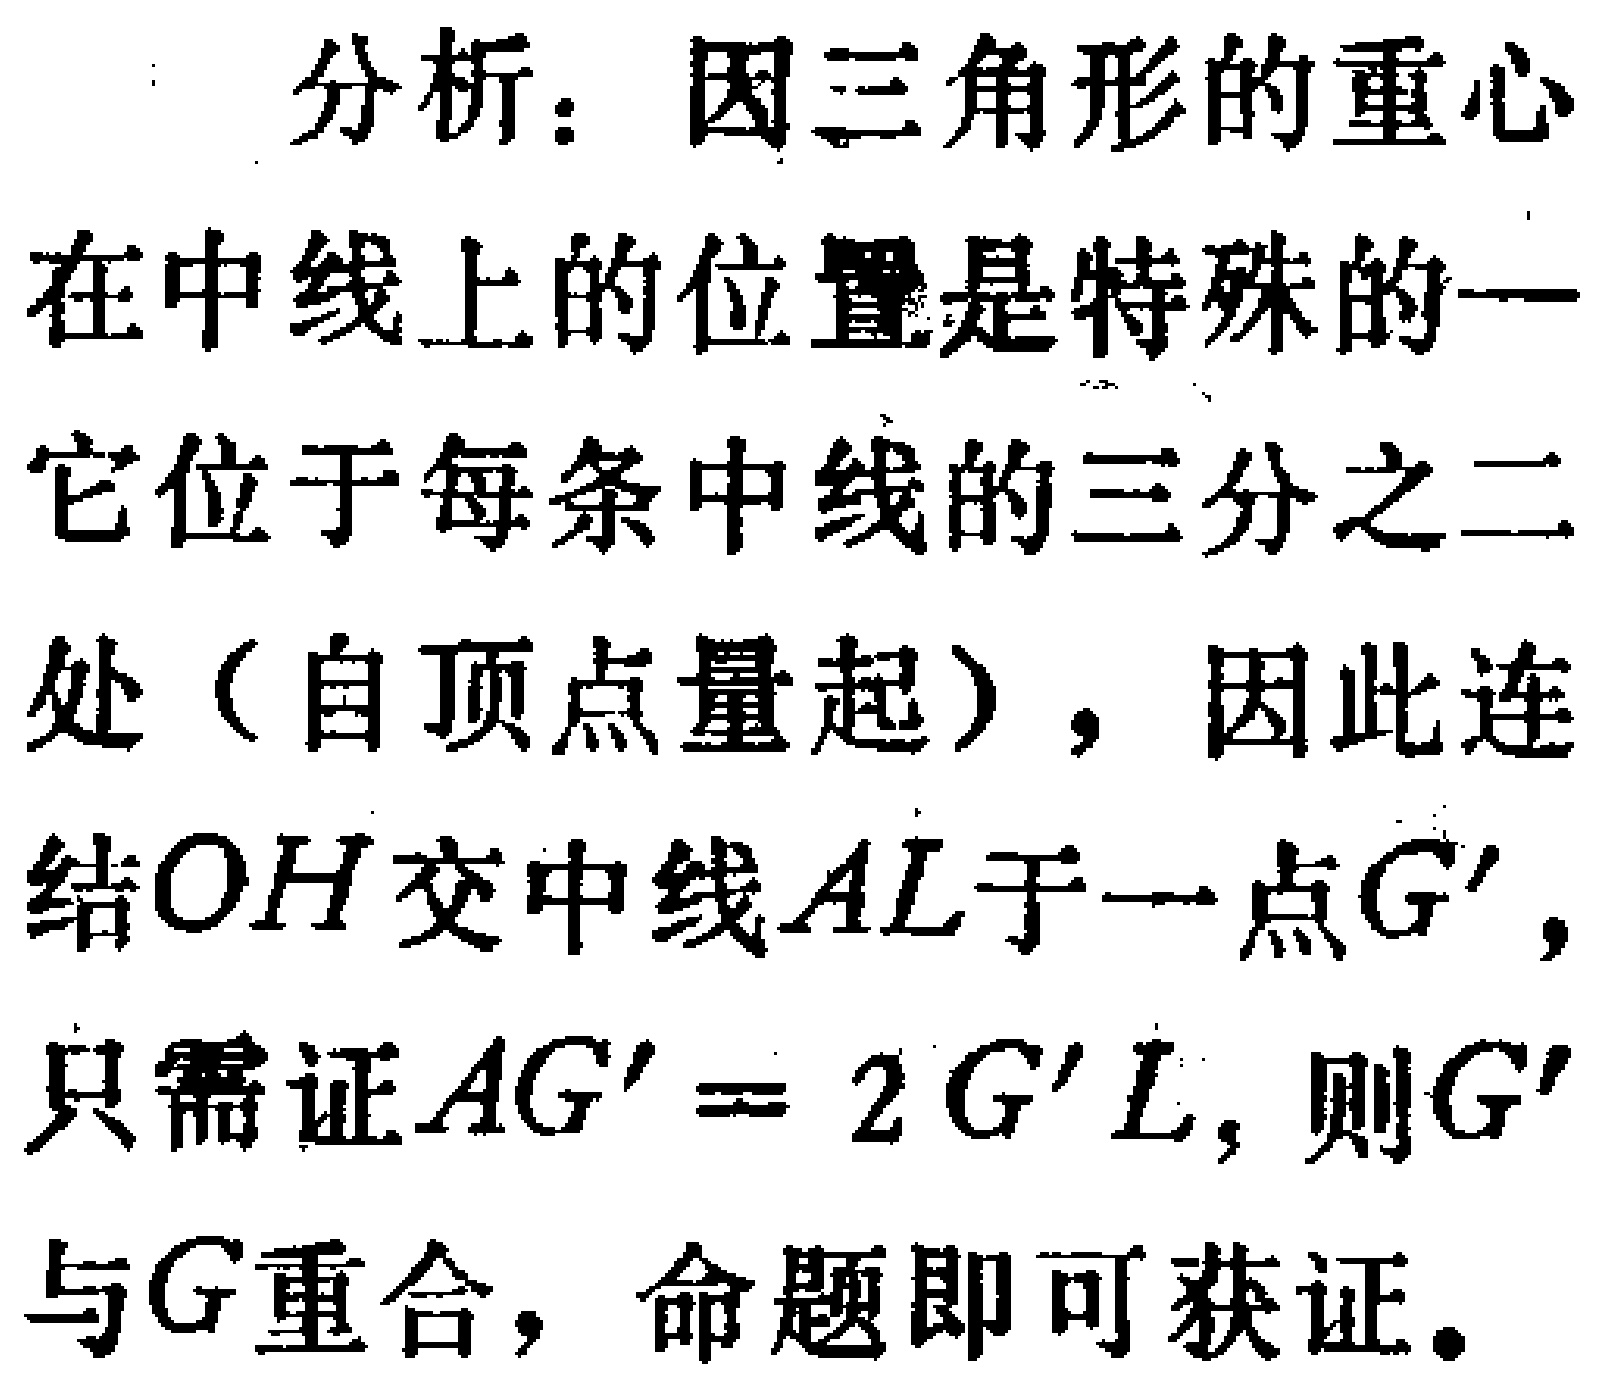
分析：因三角形的重心
在中线上的位置是特殊的—
它位于每条中线的三分之二
处（自顶点量起），因此连
结\(OH\)交中线\(AL\)于一点\(G'\)，
只需证\(AG' = 2G'L\)，则\(G'\)
与\(G\)重合，命题即可获证。